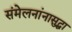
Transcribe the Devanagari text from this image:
संमेलनांनासुद्धा